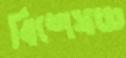
বিশেষজ্ঞ